Madras plague regulations and rules - Volume 2
Disease focus: Plague
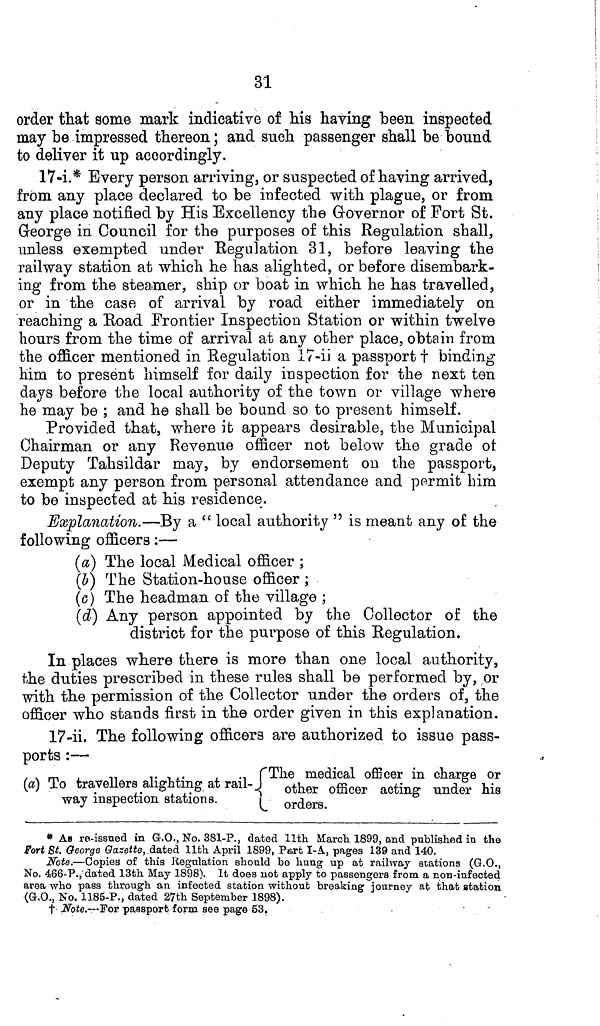
31
order that some mark indicative of his having been inspected
may be impressed thereon; and such passenger shall be bound
to deliver it up accordingly.
17-i.* Every person arriving, or suspected of having arrived,
from any place declared to be infected with plague, or from
any place notified by His Excellency the Governor of Fort St.
George in Council for the purposes of this Regulation shall,
unless exempted under Regulation 31, before leaving the
railway station at which he has alighted, or before disembark-
ing from the steamer, ship or boat in which he has travelled,
or in the case of arrival by road either immediately on
reaching a Road Frontier Inspection Station or within twelve
hours from the time of arrival at any other place, obtain from
the officer mentioned in Regulation 17-ii a passport † binding
him to present himself for daily inspection for the next ten
days before the local authority of the town or village where
he may be ; and he shall be bound so to present himself.
Provided that, where it appears desirable, the Municipal
Chairman or any Revenue officer not below the grade of
Deputy Tahsildar may, by endorsement on the passport,
exempt any person from personal attendance and permit him
to be inspected at his residence.
Explanation.—By a " local authority " is meant any of the
following officers:—
(a) The local Medical officer ;
(b) The Station-house officer ;
(c) The headman of the village ;
(d) Any person appointed by the Collector of the
district for the purpose of this Regulation.
In places where there is more than one local authority,
the duties prescribed in these rules shall be performed by, or
with the permission of the Collector under the orders of, the
officer who stands first in the order given in this explanation.
17-ii. The following officers are authorized to issue pass-
ports :—
The medical officer in charge or
(a) To travellers alighting at rail-
other officer acting under his
way inspection stations.
orders
* As re-issued in G.O., No. 381-P., dated 11th March 1899, and published in the
Fort St. George Gazette, dated 11th April 1899, Part I-A, pages 139 and 140.
Note.—Copies of this Regulation should be hung up at railway stations (G.O.,
No. 466-P., dated 13th May 1898). It does not apply to passengers from a non-infected
area who pass through an infected station without breaking journey at. that station
(G.O., No. 1185-P., dated 27th September 1898).
† Note.—For passport form see page 53.